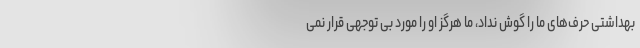
بهداشتی حرف‌های ما را گوش نداد، ما هرگز او را مورد بی توجهی قرار نمی